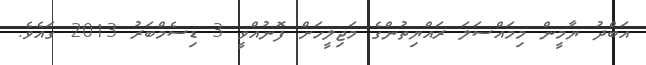
އަބްދު ޔާމީން މިމައްސަލަ ރައްޔިތުންގެ މަޖިލީހަށް ފޮނުއްވީ 3 ޑިސެމްބަރު 2013 ގައެވެ.